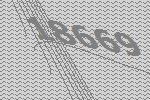
18669